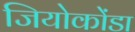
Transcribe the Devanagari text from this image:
जियोकोंडा